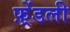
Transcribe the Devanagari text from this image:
फ़्रेंडली